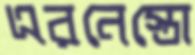
এরনেস্তো